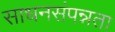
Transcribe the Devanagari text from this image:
साधनसंपन्नता